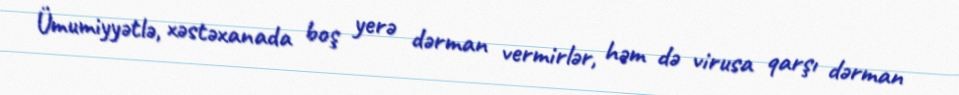
Ümumiyyətlə, xəstəxanada boş yerə dərman vermirlər, həm də virusa qarşı dərman